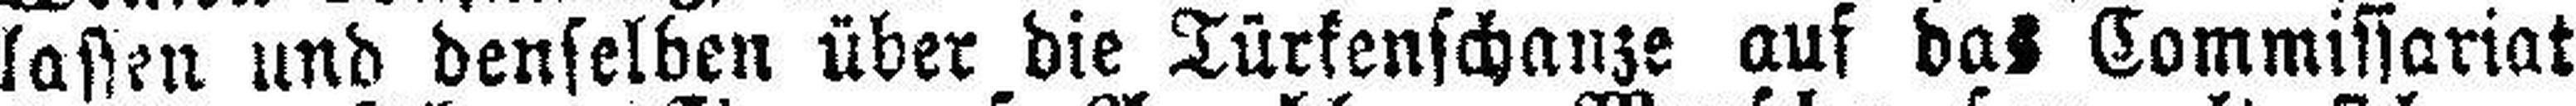
lassen und denselben über die Türkenschanze auf das Commissariat